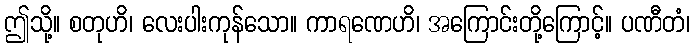
ဤသို့။ စတုဟိ၊ လေးပါးကုန်သော။ ကာရဏေဟိ၊ အကြောင်းတို့ကြောင့်။ ပဏီတံ၊